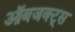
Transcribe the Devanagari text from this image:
ऑबजक्ट्स